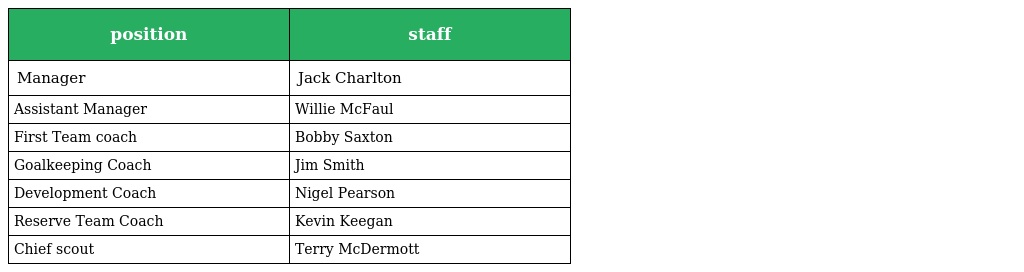
| position | staff |
 | --- | --- |
 | Manager | Jack Charlton |
 | Assistant Manager | Willie McFaul |
 | First Team coach | Bobby Saxton |
 | Goalkeeping Coach | Jim Smith |
 | Development Coach | Nigel Pearson |
 | Reserve Team Coach | Kevin Keegan |
 | Chief scout | Terry McDermott |